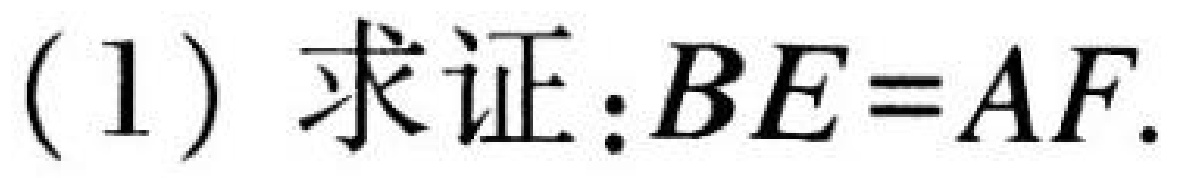
(1) 求证：\(BE = AF\).